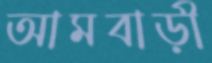
আমবাড়ী